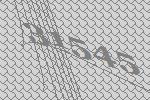
31545